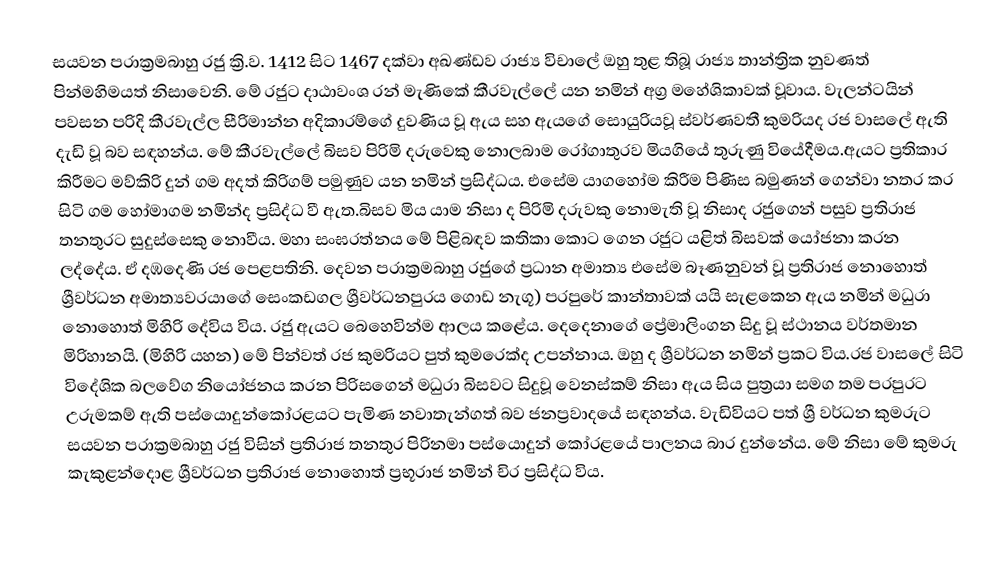
සයවන පරාක්‍රමබාහු රජු  ක්‍රි.ව. 1412 සිට 1467 දක්වා අඛණ්ඩව රාජ්‍ය විචාලේ ඔහු තුළ තිබූ රාජ්‍ය තාන්ත්‍රික නුවණත් පින්මහිමයත් නිසාවෙනි. මේ රජුට දාඨාවංශ රන් මැණිකේ කීරවැල්ලේ යන නමින් අග්‍ර මහේශිකාවක් වූවාය. වැලන්ටයින් පවසන පරිදි කීරවැල්ල සීරිමාන්න අදිකාරම්ගේ දුවණිය වූ ඇය සහ ඇයගේ සොයුරියවූ ස්වර්ණවතී කුමරියද රජ වාසලේ ඇති දැඩි වූ බව සඳහන්ය. මේ කීරවැල්ලේ බිසව පිරිමි දරුවෙකු නොලබාම රෝගාතුරව මියගියේ තුරුණු වියේදීමය.ඇයට ප්‍රතිකාර කිරීමට මව්කිරි දුන් ගම අදත් කිරිගම් පමුණුව යන නමින් ප්‍රසිද්ධය. එසේම යාගහෝම කිරීම පිණිස බමුණන් ගෙන්වා නතර කර සිටි ගම හෝමාගම නමින්ද ප්‍රසිද්ධ වී ඇත.බිසව මිය යාම නිසා ද පිරිමි දරුවකු නොමැති වූ නිසාද රජුගෙන් පසුව ප්‍රතිරාජ තනතුරට සුදුස්සෙකු නොවීය. මහා සංඝරත්නය මේ පිළිබඳව කතිකා කොට ගෙන රජුට යළිත් බිසවක් යෝජනා කරන ලද්දේය. ඒ දඹදෙණි රජ පෙළපතිනි. දෙවන පරාක්‍රමබාහු රජුගේ ප්‍රධාන අමාත්‍ය  එසේම බෑණනුවන් වූ ප්‍රතිරාජ නොහොත් ශ්‍රීවර්ධන අමාත්‍යවරයාගේ සෙංකඩගල ශ්‍රීවර්ධනපුරය ගොඩ නැගූ) පරපුරේ කාන්තාවක් යයි සැළකෙන ඇය නමින් මධුරා නොහොත් මිහිරි දේවිය විය. රජු ඇයට බෙහෙවින්ම ආලය කළේය. දෙදෙනාගේ ප්‍රේමාලිංගන සිදු වූ ස්ථානය වර්තමාන මිරිහානයි. (මිහිරි යහන) මේ පින්වත් රජ කුමරියට පුත් කුමරෙක්ද උපන්නාය. ඔහු ද ශ්‍රීවර්ධන නමින් ප්‍රකට විය.රජ වාසලේ සිටි විදේශික බලවේග නියෝජනය කරන පිරිසගෙන් මධුරා බිසවට සිදුවූ වෙනස්කම් නිසා ඇය සිය පුත්‍රයා සමග තම පරපුරට උරුමකම් ඇති පස්යොදුන්කෝරළයට පැමිණ නවාතැන්ගත් බව ජනප්‍රවාදයේ සඳහන්ය. වැඩිවියට පත් ශ්‍රී වර්ධන කුමරුට සයවන පරාක්‍රමබාහු රජු විසින් ප්‍රතිරාජ තනතුර පිරිනමා පස්යොදුන් කෝරළයේ පාලනය බාර දුන්නේය. මේ නිසා මේ කුමරු කැකුළන්දොළ ශ්‍රීවර්ධන ප්‍රතිරාජ නොහොත් ප්‍රභූරාජ නමින් චිර ප්‍රසිද්ධ විය.